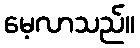
မေ့လာသည်။